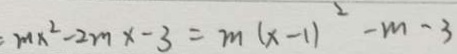
: m x ^ { 2 } - 2 m x - 3 = m ( x - 1 ) ^ { 2 } - m - 3